Annual report on the working of the mental hospitals in the Madras Presidency - 1912-1932
Year: 1912
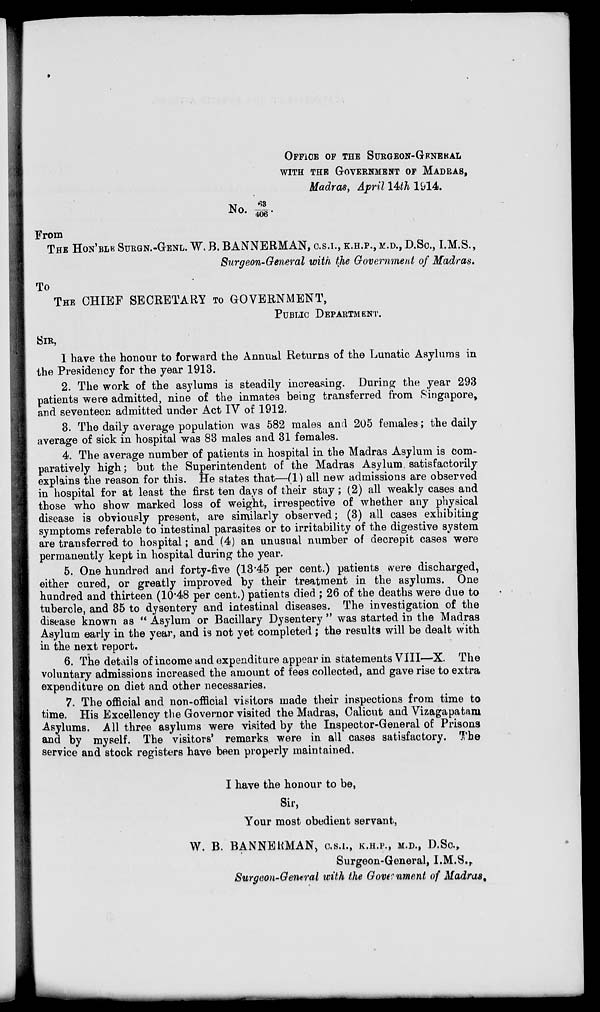
OFFICE OF THE SURGEON-GFNEKAL
WITH THE GOVERNMENT OF MADRAS,
Madras, April \Uh 1 1 J14.
No.
68
406*
From
THE HON'BLK SURGN.-GENL. W. B. BANNERMAN, O.S.I., K.H.P., M.D., D.SC, I.M.S.,
Surgeon-General with, the Government of Madras.
To
THE CHIEF SECRETARY TO GOVERNMENT,
PUBLIC DEPARTMENT.
SIR,
I have the honour to forward the Annual Returns of the Lunatic Asylums in
the Presidency for the year 1913.
2. The work of the asylums is steadily increasing. During the year 293
patients were admitted, nine of the inmates being transferred from Singapore,
and seventeen admitted under Act IV of 1912.
3. The daily average population was 582 males and 205 females; the daily
average of sick in hospital was 83 males and 31 females.
4. The average number of patients in hospital in the Madras Asylum is com-
paratively high; but the Superintendent of the Madras Asylum, satisfactorily
explains the reason for this. He states that—(1) all new admissions are observed
in hospital for at least the first ten days of their stay; (2) all weakly cases and
those who show marked loss of weight, irrespective of whether any physical
disease is obviously present, are similarly observed; (3) all cases exhibiting
symptoms referable to intestinal parasites or to irritability of the digestive system
are transferred to hospital; and (4) an unusual number of decrepit cases were
permanently kept in hospital during the year.
5. One hundred and forty-five (13 45 per cent.) patients vvere discharged,
either cured, or greatly improved by their treatment in the asylums. One
hundred and thirteen (10*48 per cent.) patients died ; 26 of the deaths were due to
tubercle, and 35 to dysentery and intestinal diseases. The investigation of the
disease known as " Asylum or Bacillary Dysentery " was started in the Madras
Asylum early in the year, and is not yet completed; the results will be dealt with
in the next report.
6. The details of income and expenditure appear in statements VIII—X. The
voluntary admissions increased the amount of lees collected, and gave rise to extra
expenditure on diet and other necessaries.
7. The official and non-official visitors made their inspections from time to
time. His Excellency the Governor visited the Madras, Calicut and Vizagapataiu
Asylums. All three asylums were visited by the Inspector-General of Prisons
and by myself. The visitors' remarks were in all cases satisfactory. The
service and stock registers have been properly maintained.
I have the honour to be,
Sir,
Your most obedient servant,
W. B. BANNEKMAN, o.s.i., K.H.P., M.D., D.SC.,
Surgeon-General, I.M.8.,
Surgeon-General with the Government of Madras %